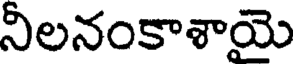
నిలనంకాశాయె